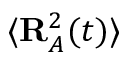
\langle \mathbf { R } _ { A } ^ { 2 } ( t ) \rangle